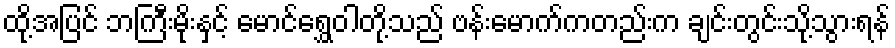
ထို့အပြင် ဘကြီးမိုးနှင့် မောင်ရွှေဝါတို့သည် ဗန်းမောက်ကတည်းက ချင်းတွင်းသို့သွားရန်